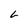
Character: L